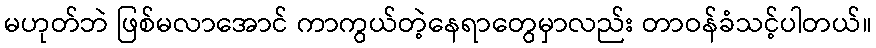
မဟုတ်ဘဲ ဖြစ်မလာအောင် ကာကွယ်တဲ့နေရာတွေမှာလည်း တာဝန်ခံသင့်ပါတယ်။